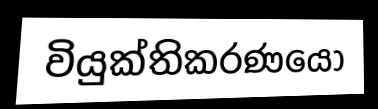
වියුක්තිකරණයෝ